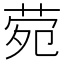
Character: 𬜶